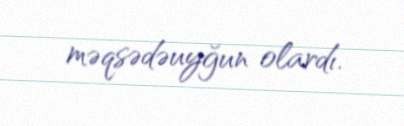
məqsədəuyğun olardı.